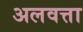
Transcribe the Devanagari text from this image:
अलवत्ता